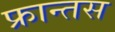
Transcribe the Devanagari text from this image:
फ्रान्तस